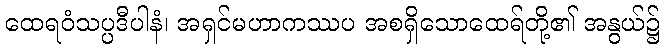
ထေရဝံသပ္ပဒီပါနံ၊ အရှင်မဟာကဿပ အစရှိသောထေရ်တို့၏ အနွယ်၌